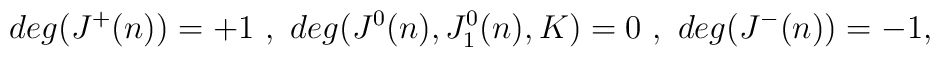
deg (J^+(n)) = +1 \ , \ deg (J^0(n),J^0_1(n),K) = 0 \ , \ deg (J^-(n)) = -1 ,